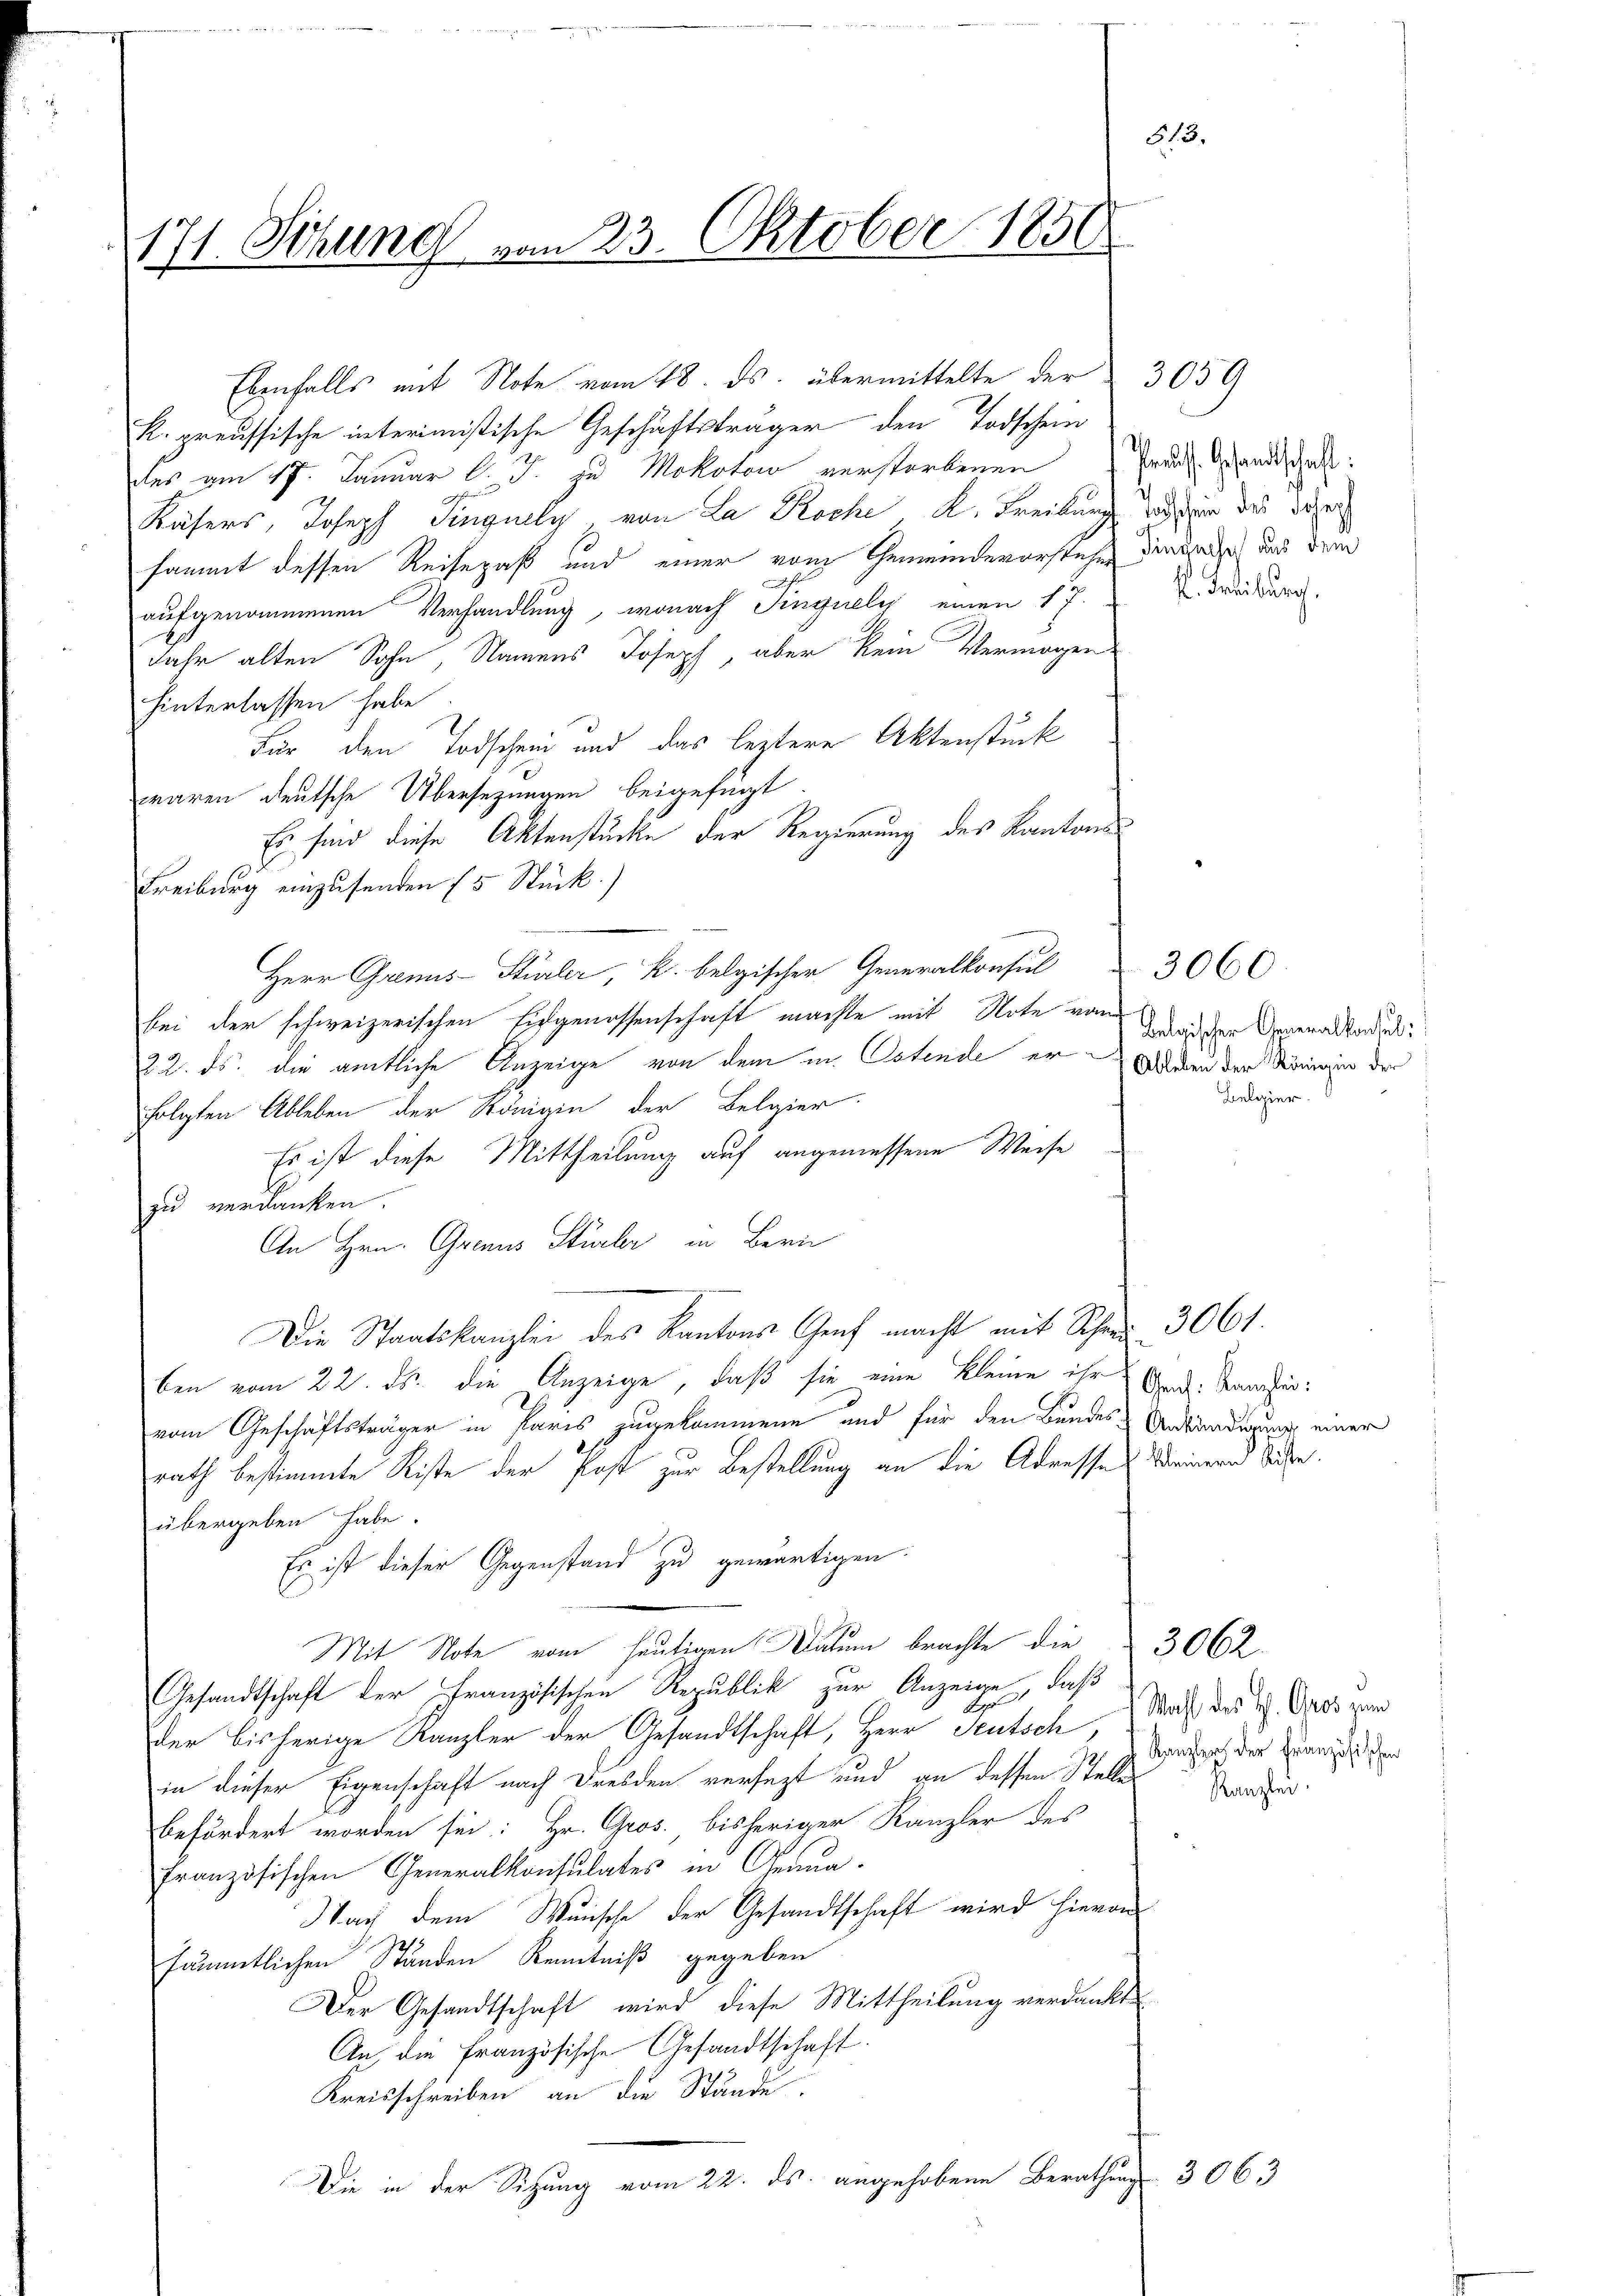
171. Sitzung vom 23. Oktober 1850

Ebenfalls mit Note vom 18. ds. übermittelte der 3059
k. preussische interimistische Geschäftsträger den Todschein
des am 17. Januar l. J. zu Mokotow verstorbenen
Käsers, Joseph Singully, von La Roche K. Freiburg und den das die
sammt dessen Reisepaß und einer vom Gemeindevorstehen die saisch aus dem
aufgenommenen Verhandlung, wonach Pinguely einen 17. Freiburg.
Jahr alten Sohn, Namens Joseph, aber kein Vermögen
hinterlassen habe
Für den Todschein und das leztere Aktenstück
waren deutsche Übersezungen beigefügt
Es sind diese Aktenstücke der Regierung des Kantons
Freiburg einzusenden (5 Stück.)
Herr Genus-Stürler, k. belgischer Generalkonsul
bei der schweizerischen Eidgenossenschaft machte mit Note von wieder Generaltordin
22. ds. die amtliche Anzeige von dem in Ostende erwerden der Königin der
folgten Ableben der Königin der Belgier
Es ist diese Mittheilung auf angemessene Weise
zu verdanken.
An Hrn. Grenus Stürler in Bern
Die Staatskanzlei des Kantons Genf macht mit Schrei 3061.
ben vom 22. ds. die Anzeige, daß sie eine kleine ihr And. Kamin:
vom Geschäftsträger in Paris zugekommene und für den Bundes-Anständigung einer
rath bestimmte Kiste der Post zur Bestellung an die Adresses Weinern Sache.
übergeben habe.
Es ist dieser Gegenstand zu gewärtigen:
Mit Note vom heutigen Datum brachte die
Gesandtschaft der Französischen Republik zur Anzeige, daß
der bisherige Kanzler der Gesandtschaft, Herr Seutsch Mass des H. Gros zum
in dieser Eigenschaft nach Dresden versezt und an dessen Stellen
befördert worden sei: Hr. Gros. bisheriger Kanzler des
französischen Generalkonsulates in Genua¬
Nach dem Wunsche der Gesandtschaft wird hievon
sämmtlichen Ständen Kenntniß gegeben
Der Gesandtschaft wird diese Mittheilung verdankt
An, die Französische Gesandtschaft.
Kreisschreiben an die Stände.
Die in der Sitzung vom 22. ds. angehobene Berathung 3063

21.

Preuss. Gesandtschaft:

3.

Belgier.

3060.

Kanzler der Französischen
Kanzlei.

3062.